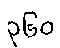
၃၆၀